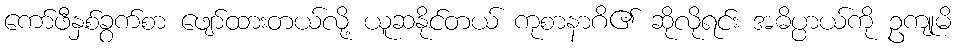
ကော်ဖီနှစ်ခွက်စာ ဖျော်ထားတယ်လို့ ယူဆနိုင်တယ် ကုစာနာဂိ၏ ဆိုလိုရင်း အဓိပ္ပာယ်ကို ဥကျုမိ